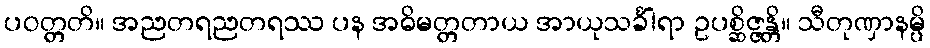
ပဝတ္တတိ။ အညတရညတရဿ ပန အဓိမတ္တတာယ အာယုသင်္ခါရာ ဥပစ္ဆိဇ္ဇန္တိ။ သီတုဏှာနမ္ပိ